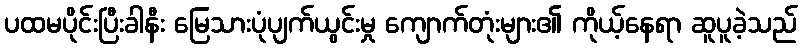
ပထမပိုင်းပြီးခါနီး မြေသားပုံပျက်ယွင်းမှု ကျောက်တုံးများ၏ ကိုယ့်နေရာ ဆူပူခဲ့သည်